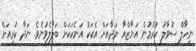
ނިހާލް ސުވާލު ކުރުމުން އަޔާޒްއާ ނަދާއަށް އެކަކު އަނެކަކަށް ބަލާލެވުނެވެ. ނަދާ ކުރިއަށް